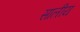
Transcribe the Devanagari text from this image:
सालीय